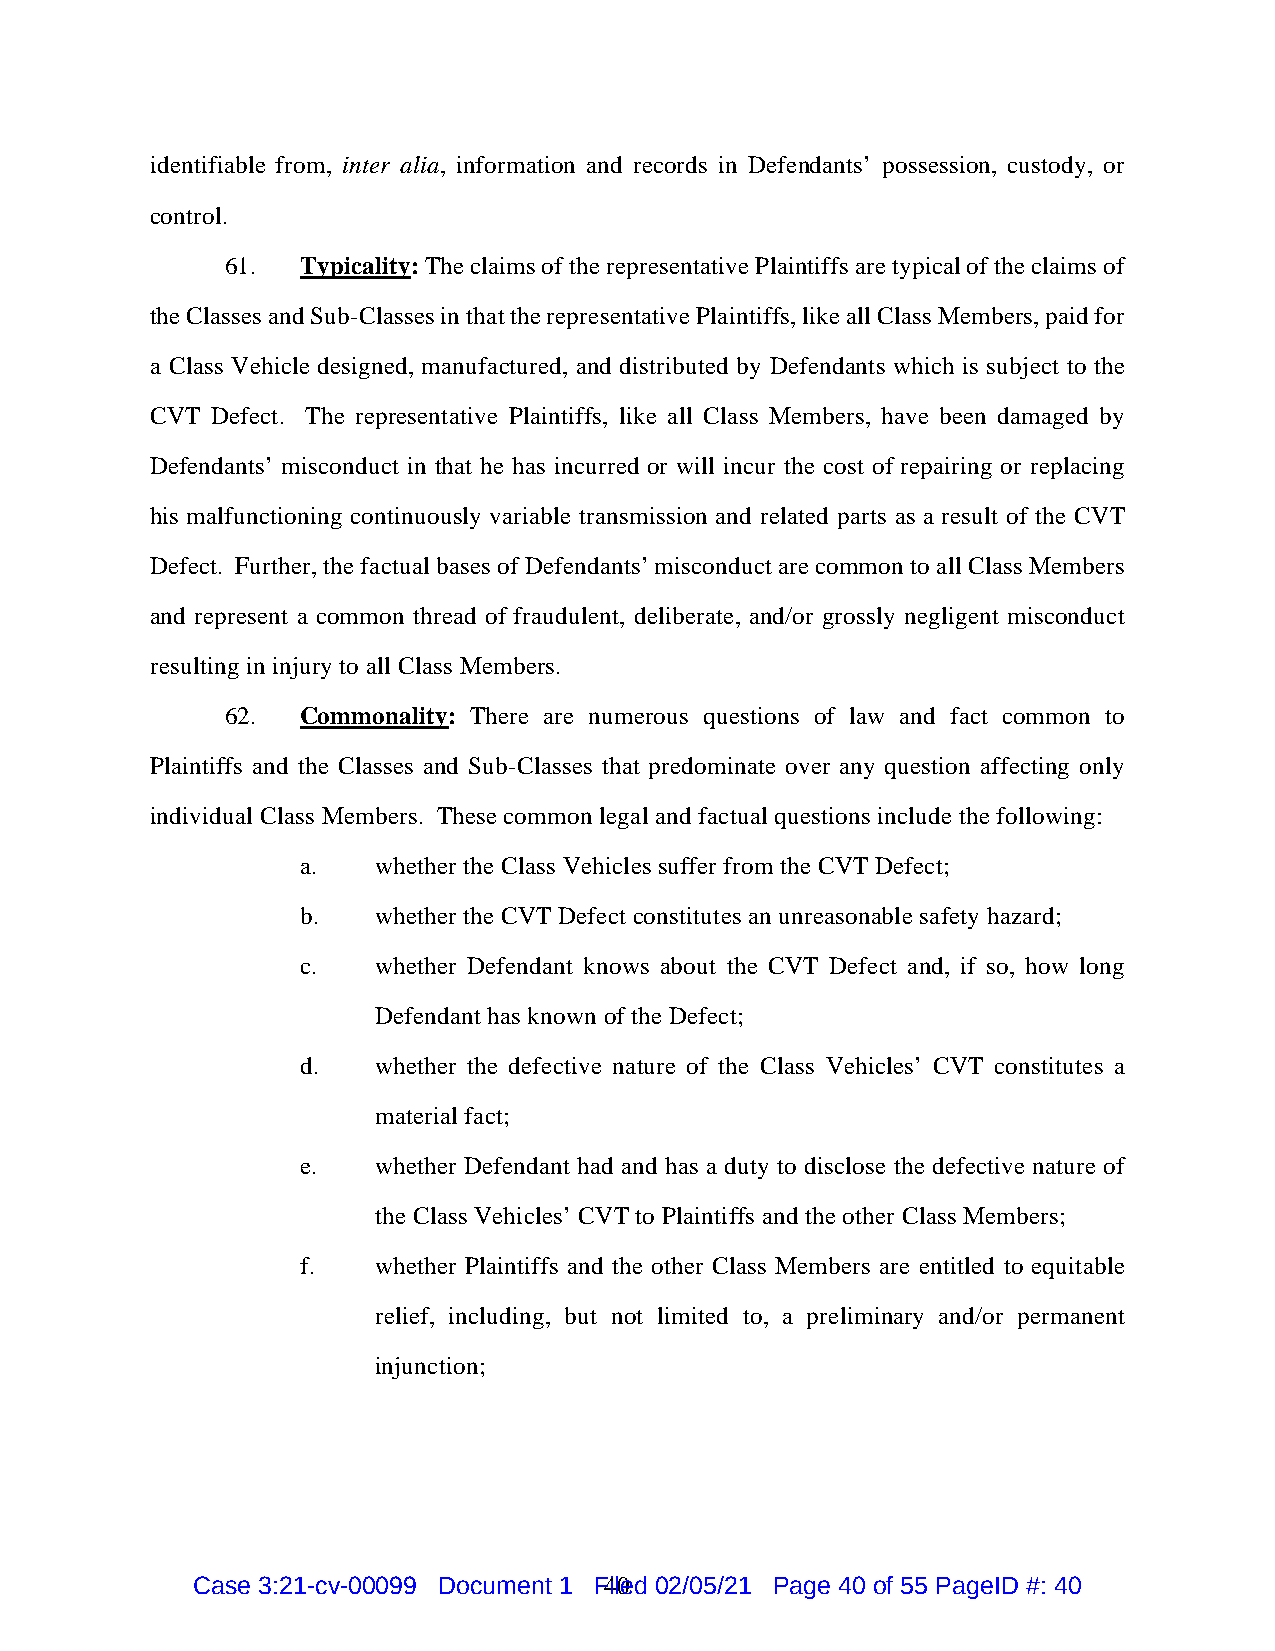
identifiable from, inter alia, information and records in Defendants’ possession, custody, or
 control.
 61.  Typicality: The claims of the representative Plaintiffs are typical of the claims of
 the Classes and Sub-Classes in that the representative Plaintiffs, like all Class Members, paid for
 a Class Vehicle designed, manufactured, and distributed by Defendants which is subject to the
 CVT Defect. The representative Plaintiffs, like all Class Members, have been damaged by
 Defendants’ misconduct in that he has incurred or will incur the cost of repairing or replacing
 his malfunctioning continuously variable transmission and related parts as a result of the CVT
 Defect. Further, the factual bases of Defendants’ misconduct are common to all Class Members
 and represent a common thread of fraudulent, deliberate, and/or grossly negligent misconduct
 resulting in injury to all Class Members.
 62.  Commonality: There are numerous questions of law and fact common to
 Plaintiffs and the Classes and Sub-Classes that predominate over any question affecting only
 individual Class Members. These common legal and factual questions include the following:
 a.   whether the Class Vehicles suffer from the CVT Defect;
 b.   whether the CVT Defect constitutes an unreasonable safety hazard;
 c.   whether Defendant knows about the CVT Defect and, if so, how long
 Defendant has known of the Defect;
 d.   whether the defective nature of the Class Vehicles’ CVT constitutes a
 material fact;
 e.   whether Defendant had and has a duty to disclose the defective nature of
 the Class Vehicles’ CVT to Plaintiffs and the other Class Members;
 f.   whether Plaintiffs and the other Class Members are entitled to equitable
 relief, including, but not limited to, a preliminary and/or permanent
 injunction;
 Case 3:21-cv-00099 Document 1 F4il0e d 02/05/21 Page 40 of 55 PageID #: 40